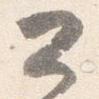
公